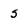
Character: s